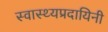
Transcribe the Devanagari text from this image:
स्वास्थ्यप्रदायिनी